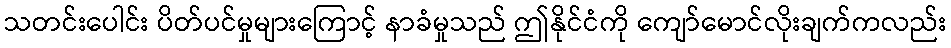
သတင်းပေါင်း ပိတ်ပင်မှုများကြောင့် နာခံမှုသည် ဤနိုင်ငံကို ကျော်မောင်လိုးချက်ကလည်း